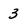
Character: 3